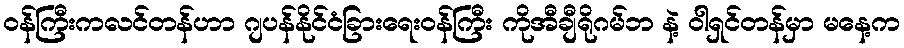
ဝန်ကြီးကလင်တန်ဟာ ဂျပန်နိုင်ငံခြားရေးဝန်ကြီး ကိုအီချီရိုဂမ်ဘ နဲ့ ဝါရှင်တန်မှာ မနေ့က